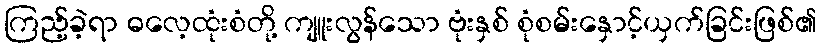
ကြည့်ခဲ့ရာ ဓလေ့ထုံးစံတို့ ကျူးလွန်သော ဗုံးနှစ် စုံစမ်းနှောင့်ယှက်ခြင်းဖြစ်၏